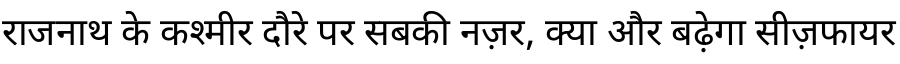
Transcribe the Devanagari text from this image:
राजनाथ के कश्मीर दौरे पर सबकी नज़र, क्या और बढ़ेगा सीज़फायर